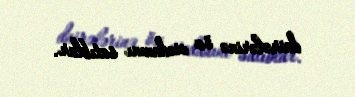
dairələrinə öz vicdanını satıblar.